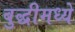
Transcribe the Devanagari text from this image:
बुद्धीमध्ये